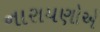
નારાયણોએ